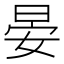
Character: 晏